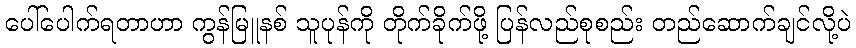
ပေါ်ပေါက်ရတာဟာ ကွန်မြူနစ် သူပုန်ကို တိုက်ခိုက်ဖို့ ပြန်လည်စုစည်း တည်ဆောက်ချင်လို့ပဲ